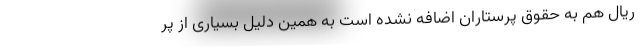
ریال هم به حقوق پرستاران اضافه نشده است به همین دلیل بسیاری از پر